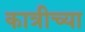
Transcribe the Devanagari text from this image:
कात्रीच्या